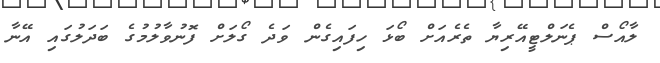
ލާއޯސް ޕެނަލްޓީއޭރިޔާ ތެރެއަށް ބޯޅަ ހިފައިގެން ވަދެ ގޯލަށް ފޮނުވާލުމުގެ ބަދަލުގައި އޭނާ